Source: Handwritten
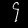
Digit: ၄ (4)